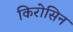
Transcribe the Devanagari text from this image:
किरोसिन